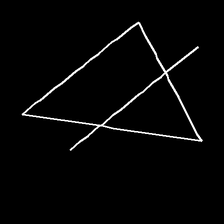
Glyph: empower